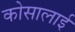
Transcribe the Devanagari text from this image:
कोसालाई